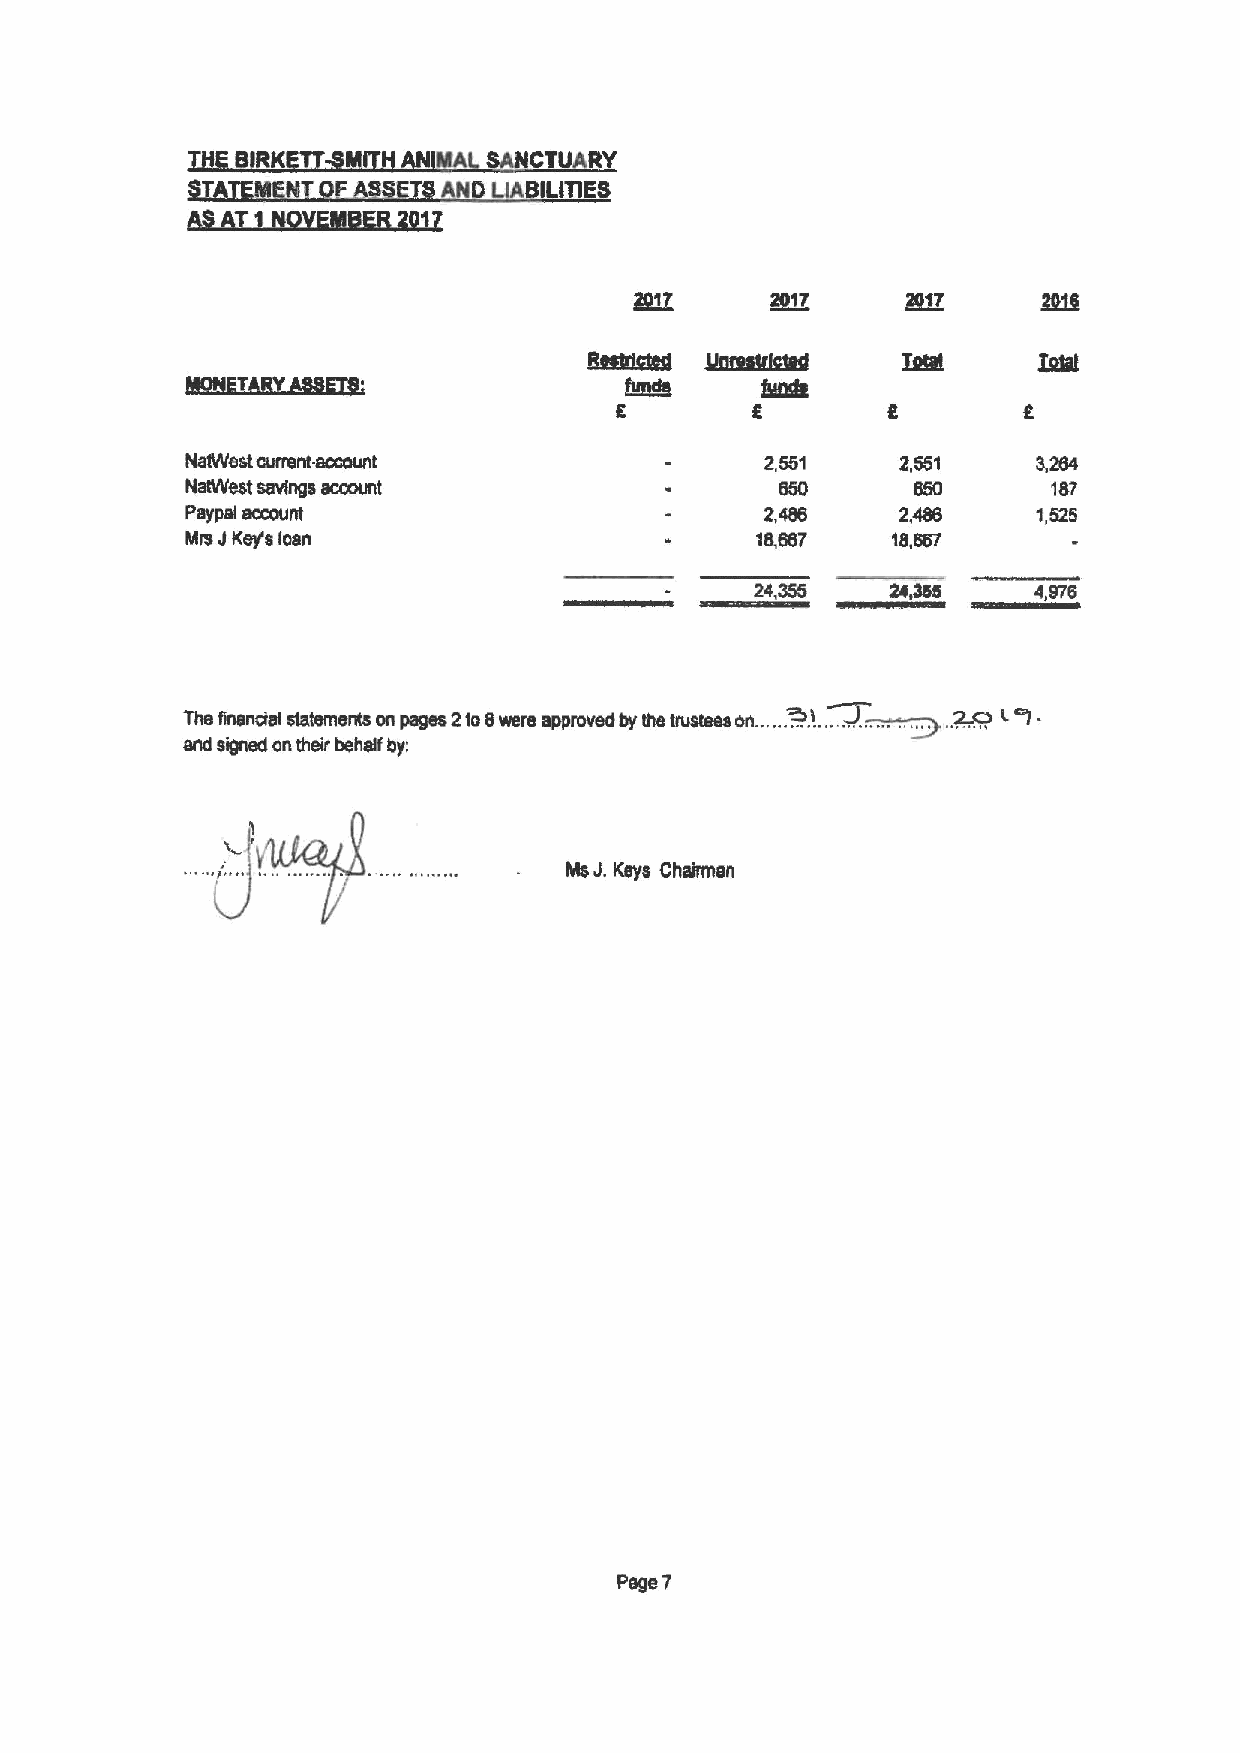
CTU RY
 LIA ILITIES
 A  T1
 @17
 Natyyest cunent.aocount                2,551    2,551    3,284
 NetWest savings account                                   187
 Psypsl account                         2,486    2,4ts    1,525
 J
 Mrs Key's loan                        18,687   18,667
 24,355   2'4,365  4,976
 ~~
 „„~!.
 .
 The snsncial statements on pages 2to6were approved by Ihe lawless on.. „2J=„ur l
 and signed ontheir behell by:
 J.
 Ms  Keys Chairman